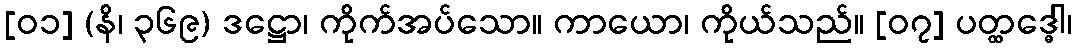
[၀၁] (နိ၊ ၃၆၉) ဒဋ္ဌော၊ ကိုက်အပ်သော။ ကာယော၊ ကိုယ်သည်။ [၀၇] ပတ္ထဒ္ဓေါ၊